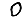
Digit: 0